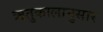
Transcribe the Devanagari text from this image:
ऋतुकालानुसार